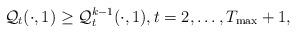
LaTeX: \begin{align*}\mathcal{Q}_t(\cdot,1) \geq \mathcal{Q}_t^{k-1}(\cdot,1),t=2,\ldots,T_{\max}+1,\end{align*}